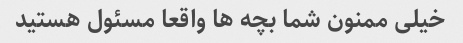
خیلی ممنون شما بچه ها واقعا مسئول هستید